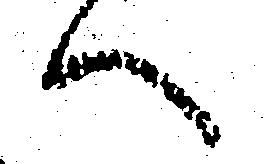
へ